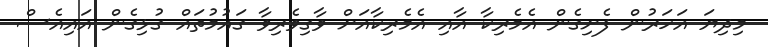
މިދިޔަ އަހަރުން ފެށިގެން އެމެރިކާ އާއި އެމެރިކާއަށް ވާގިވެރިވާ ގައުމުތައް ގުޅިގެން އައިއެސް